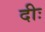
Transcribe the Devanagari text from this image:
दीः